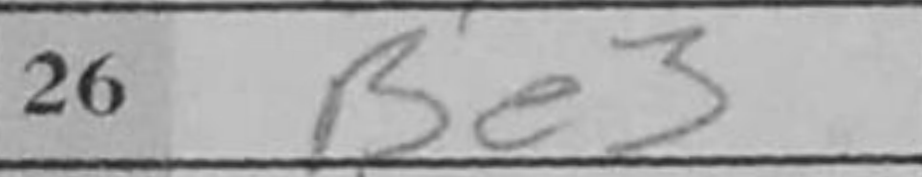
Transcription: Be3